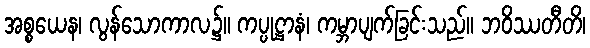
အစ္စယေန၊ လွန်သောကာလ၌။ ကပ္ပုဋ္ဌာနံ၊ ကမ္ဘာပျက်ခြင်းသည်။ ဘဝိဿတီတိ၊